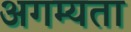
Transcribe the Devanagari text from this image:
अगम्यता